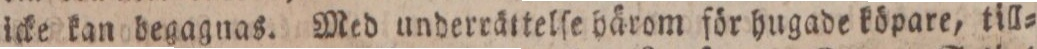
icke kan begagnas. Med underrättelſe bärom för hugade köpare, till=